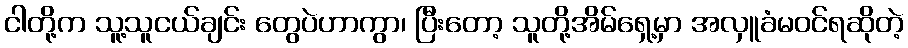
ငါတို့က သူ့သူငယ်ချင်း တွေပဲဟာကွာ၊ ပြီးတော့ သူတို့အိမ်ရှေ့မှာ အလှူခံမဝင်ရဆိုတဲ့